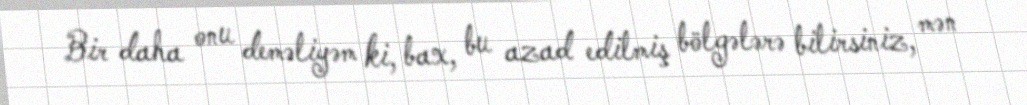
Bir daha onu deməliyəm ki, bax, bu azad edilmiş bölgələrə bilirsiniz, mən